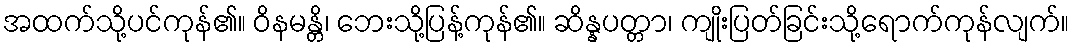
အထက်သို့ပင်ကုန်၏။ ဝိနမန္တိ၊ ဘေးသို့ပြန့်ကုန်၏။ ဆိန္နပတ္တာ၊ ကျိုးပြတ်ခြင်းသို့ရောက်ကုန်လျက်။